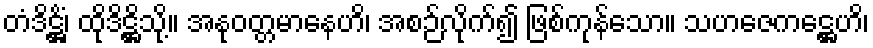
တံဒိဋ္ဌိံ၊ ထိုဒိဋ္ဌိသို့။ အနုဝတ္တမာနေဟိ၊ အစဉ်လိုက်၍ ဖြစ်ကုန်သော။ သဟဇေကဋ္ဌေဟိ၊